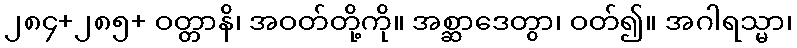
၂၈၄+၂၈၅+ ဝတ္တာနိ၊ အဝတ်တို့ကို။ အစ္ဆာဒေတွာ၊ ဝတ်၍။ အဂါရသ္မာ၊